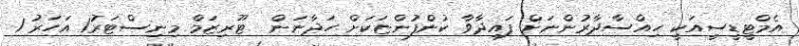
އެމްޓީޑީސީއަކީ ހިއްސާދާރުންނަށް ފައިދާވާ ކުންފުންޏަކަށް ހަދާނަން  ޓޫރިޒަމް މިނިސްޓަރު1 އަހަރު 1